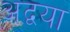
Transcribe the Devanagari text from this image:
अद्वया